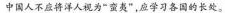
中国人不应将洋人视为”蛮夷”，应学习各国的长处。